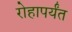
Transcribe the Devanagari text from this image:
रोहापर्यंत